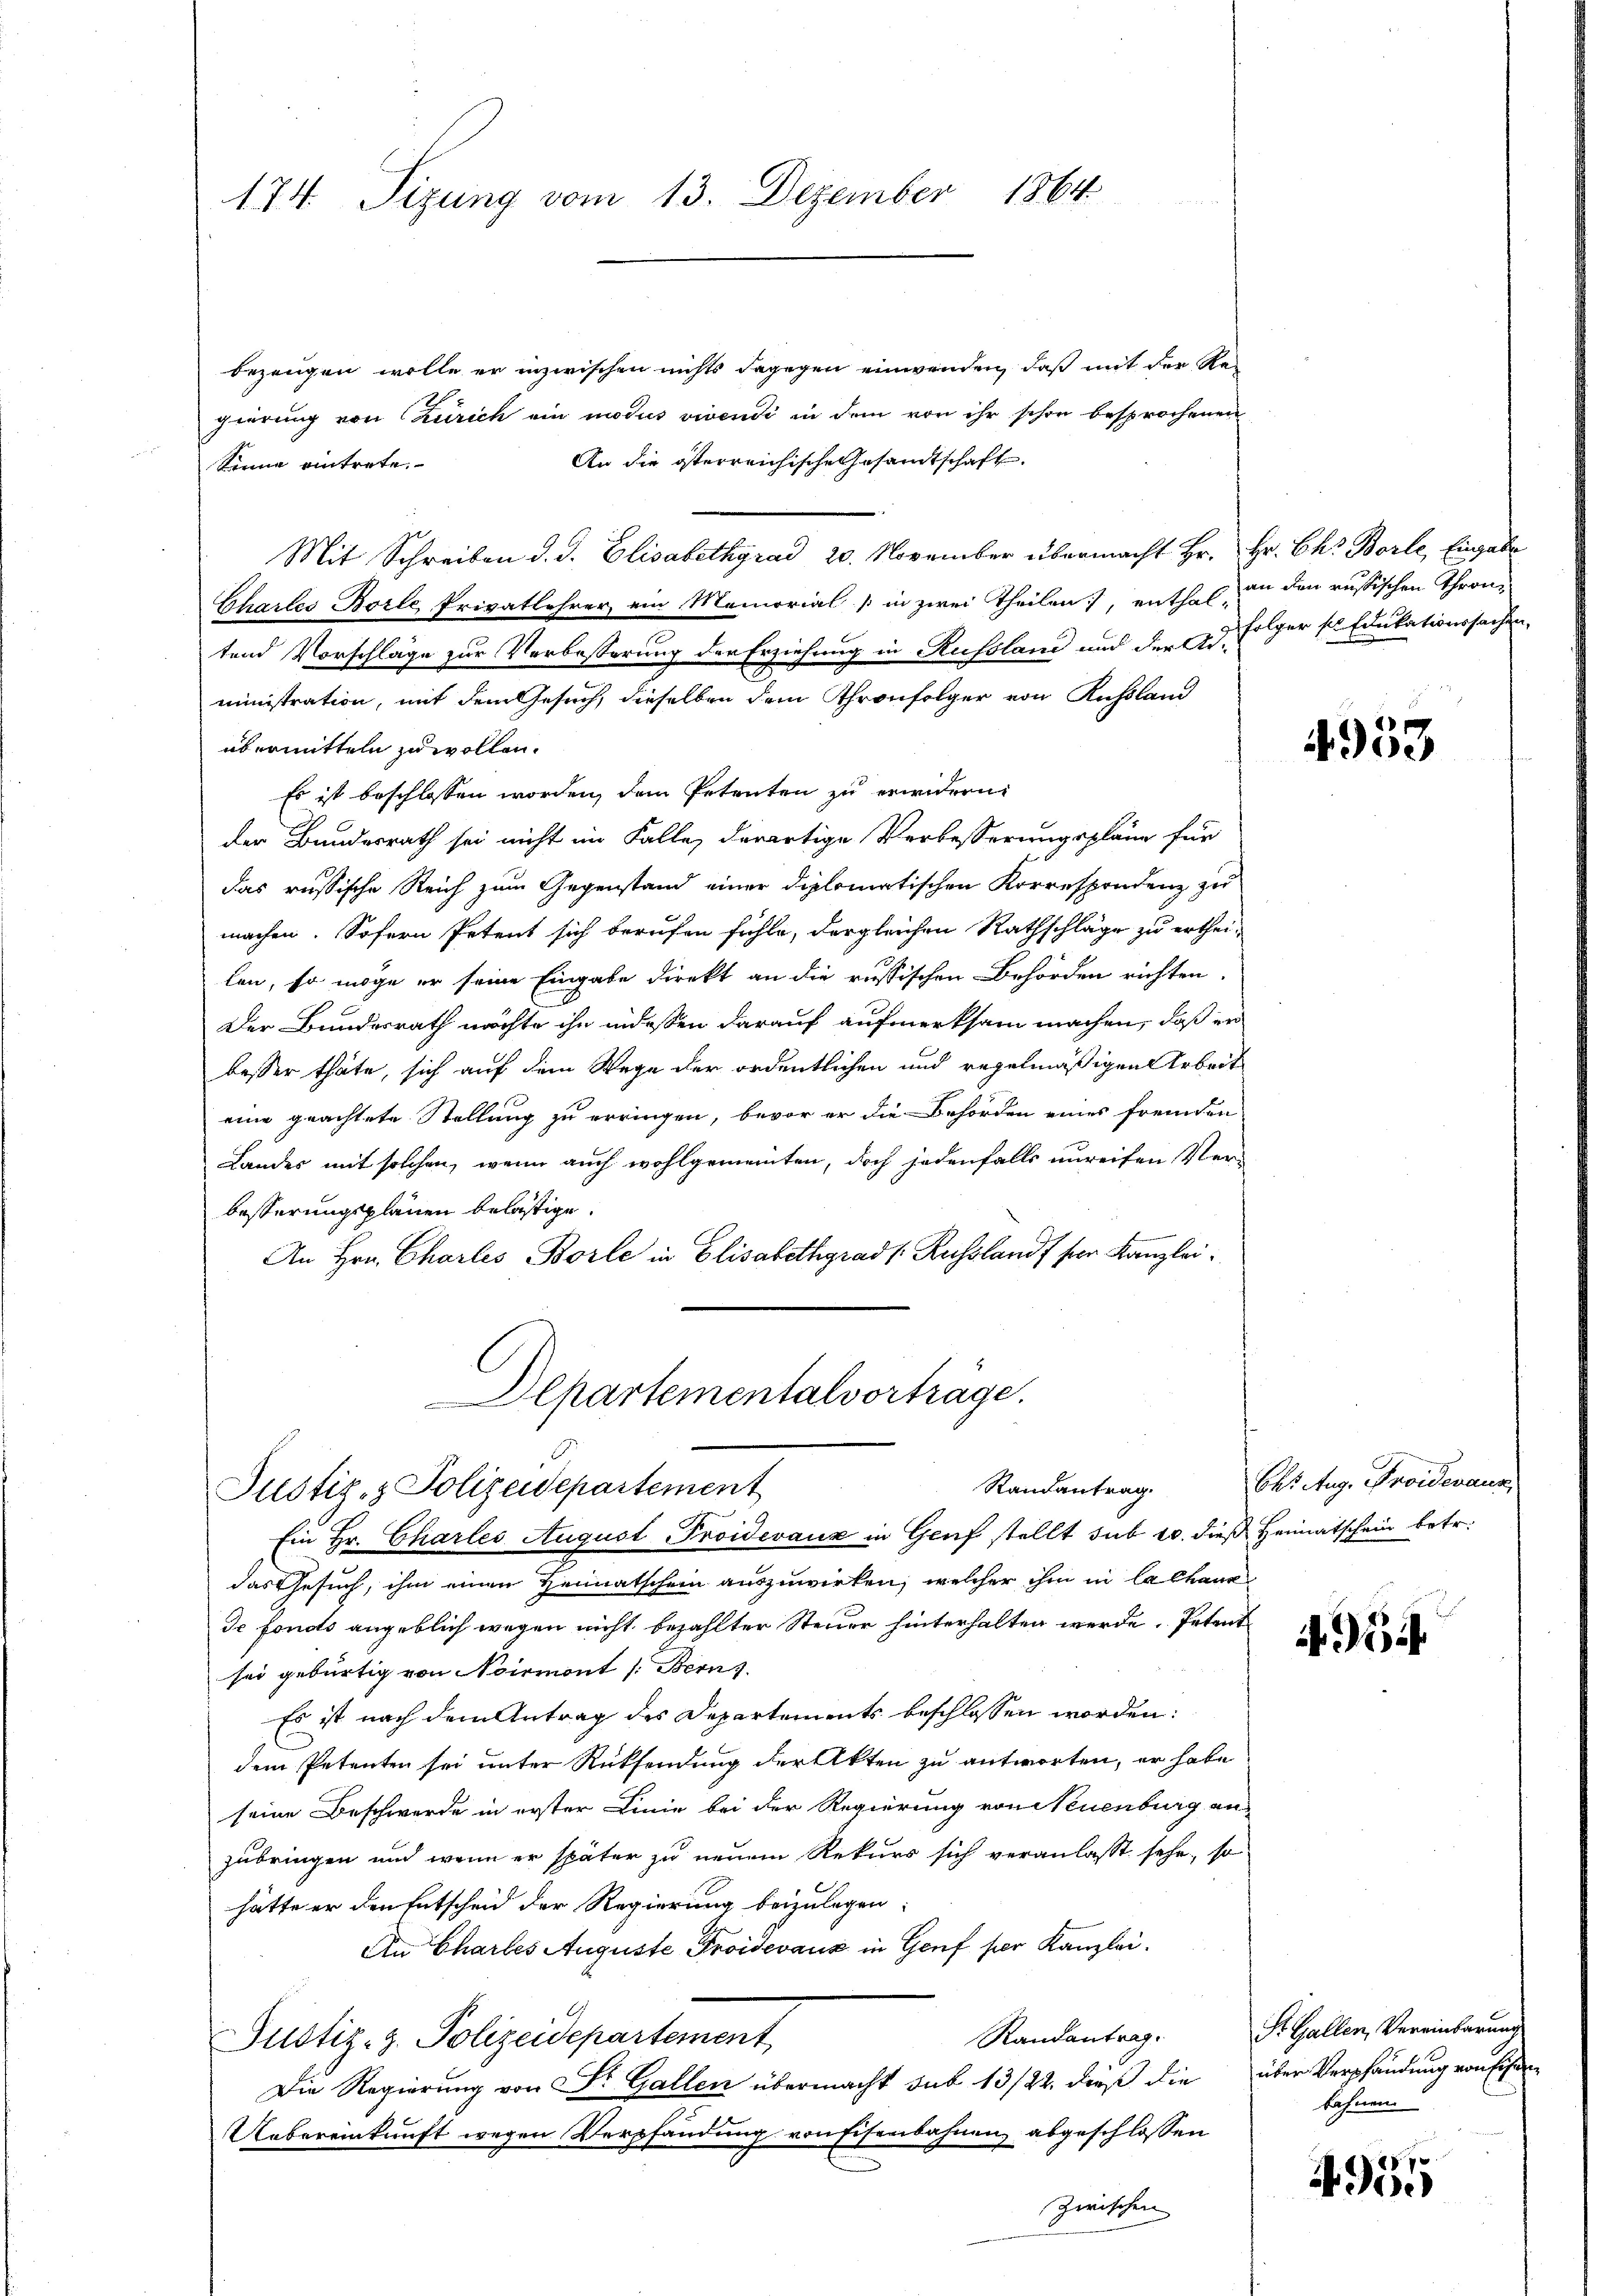
174. Sizung vom 13. Dezember 1864

bezeugen wolle er inzwischen nichts dagegen einwenden, daß mit der Regierung von Zürich ein modus vivendi in dem von ihr schon besprochenen
An die österreichische Gesamtschaft
Sinne eintrete.
Mit Schreiben d. J. Elisabethgrad 20. November übermacht Hr. Hr. Ch. Borle, Eingabe
Chartes Borle, Privatlehrer ein Memorial in zwei Theilen, enthal-
tend Vorschläge zur Verbesserung der Erziehung in Russland und der Ad-
ministration, mit dem Gesuch, dieselben dem Thronfolger von Russland
übermitteln zu wollen.
Es ist beschlossen worden, dem Petenten zu erwidern
der Bundesrath sei nicht im Falle derartige Verbesserungspläne für
das russische Reich zum Gegenstand einer diplomatischen Korrespondenz zu
machen. Sofern Petent sich berufen fühle, dergleichen Rathschläge zu erthei-
len, so möge er seine Eingabe direkt an die russischen Behörden richten.
Der Bundesrath möchte ihn indessen darauf aufmerksam machen, daß er
besser thäte, sich auf dem Wege der ordentlichen und regelmäßigen Arbeit
eine geachtete Stellung zu erringen, bevor er die Behörden eines fremden
Landes mit solchen, wenn auch wohlgemeinten, doch jedenfalls unreifen Verbesserungsplanen belästige.
An Hrn. Charlis Borle in Elisabethgrad Russland ser Kanzlei¬
Departementalvorträge.

Justiz- & Polizeidepartement
Ein Hr. Charles August Proidevaux in Genf stellt sub 10. dieß Heimatschein betr.

das Gesuch, ihm einen Heimatschein auszuwirken, welcher ihm in la chang
Je fonds angeblich wegen nicht bezahlter Steuer hinterhalten werde. Petent
sei gebürtig von Noirmont /: Bern s
Es ist nach dem Antrag des Departements beschlossen worden:
dem Petenten sei unter Rücksendung der Akten zu antworten, er habe
seine Beschwerde in erster Linie bei der Regierung von Neuenburg an
zubringen und wenn er später zu neuem Rekurs sich veranlasst sehe, so
hätte er den Entscheid der Regierung beizulegen:
An Chartes Auguste Proidevanz in Genf ser Kanzlei.
Justiz-Z. Polizeidepartement
Die Regierung von Dr. Gallen übermacht sub 13/22. dieß die über Verpfändung von sehen
Uebereinkunft wegen Verpfandung von Eisenbahnen, abgeschlossen
Zwischen

an den russischen Thronfolger sel. Edikationssachen,

4953

Randantrag. Chr. Aug. Proidevanz

Randantrag. St. Gallen, Vereinbarung
bahnen

4955